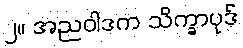
၂။ အညဝါဒက သိက္ခာပုဒ်